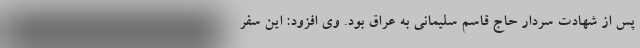
پس از شهادت سردار حاج قاسم سلیمانی به عراق بود. وی افزود: این سفر